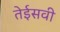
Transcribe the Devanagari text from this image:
तेईसवी